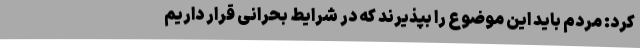
کرد: مردم باید این موضوع را بپذیرند که در شرایط بحرانی قرار داریم